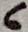
Text: 6